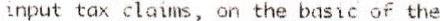
INPUT TAX CLAIMS, ON THE BASIC OF THE